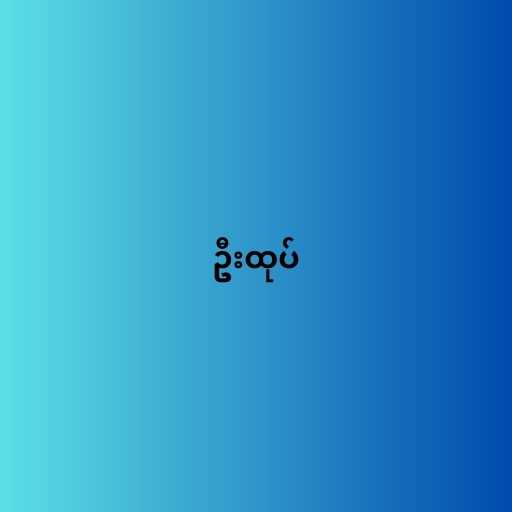
ဦးထုပ်